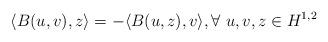
LaTeX: \begin{align*}\langle B(u,v),z\rangle=-\langle B(u,z),v\rangle, \forall \ u,v,z \in H^{1,2}\end{align*}